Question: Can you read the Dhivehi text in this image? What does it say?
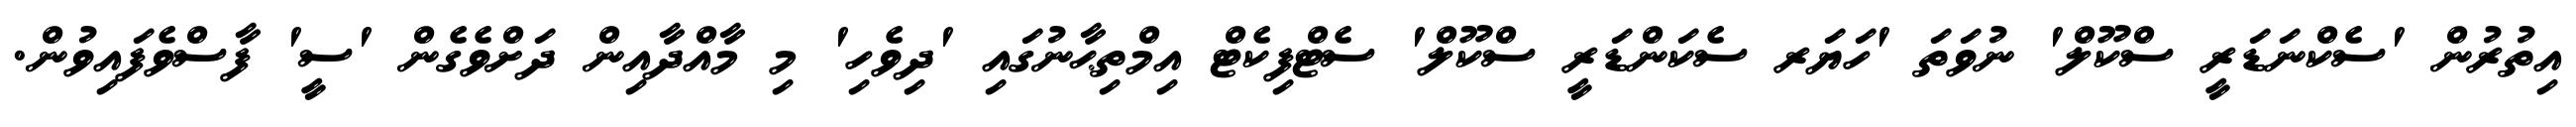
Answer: އިތުރުން 'ސެކްނަޑަރީ ސްކޫލް' ނުވަތަ 'ހަޔަރ ސެކަންޑަރީ ސްކޫލް' ސެޓްފިކެޓް އިމްތިޙާނުގައި 'ދިވެހި' މި މާއްދާއިން ދަށްވެގެން 'ސީ' ފާސްވެފައިވުން.